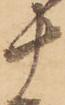
十